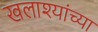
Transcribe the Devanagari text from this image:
खलाश्यांच्या